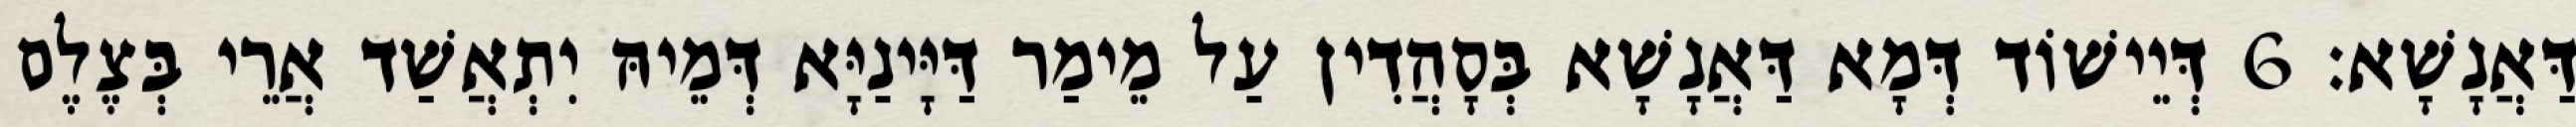
דַּאֲנָשָׁא׃ 6 דְּיֵישׁוֹד דְּמָא דַּאֲנָשָׁא בְּסָהֲדִין עַל מֵימַר דַּיָּינַיָּא דְּמֵיהּ יִתְאֲשַׁד אֲרֵי בְּצֶלֶם